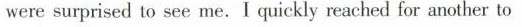
were surprised to see me.I quickly reached for another to